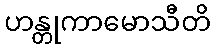
ဟန္တုကာမောသီတိ